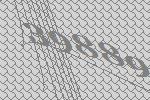
39889